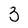
Character: 3